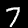
Digit: 7